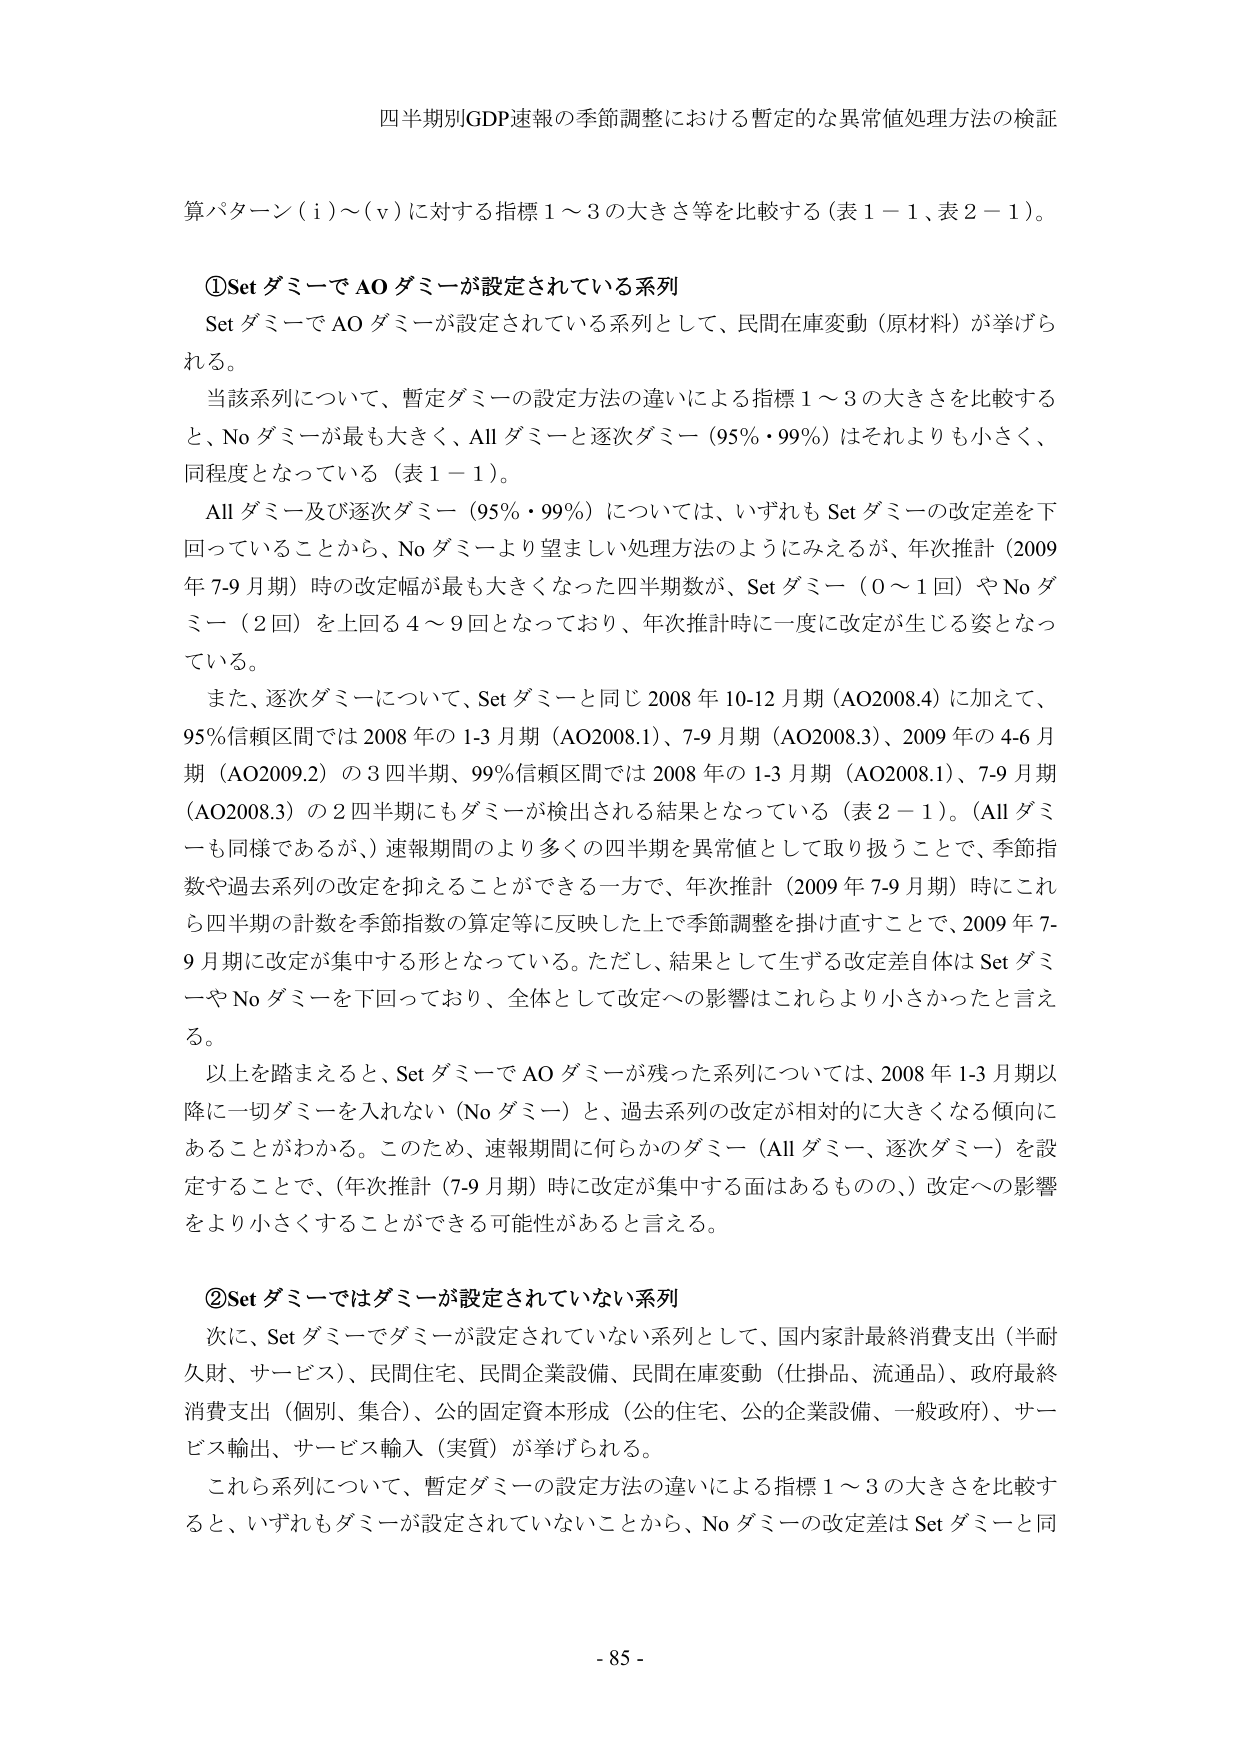
四半期別GDP速報の季節調整における暫定的な異常値処理方法の検証

算パターン（ⅰ）～（ⅴ）に対する指標１～３の大きさ等を比較する（表１－１、表２－１）。

①Set ダミーで AO ダミーが設定されている系列
Set ダミーで AO ダミーが設定されている系列として、民間在庫変動（原材料）が挙げられる。
当該系列について、暫定ダミーの設定方法の違いによる指標１～３の大きさを比較すると、No ダミーが最も大きく、All ダミーと逐次ダミー（95％・99％）はそれよりも小さく、同程度となっている（表１－１）。
All ダミー及び逐次ダミー（95％・99％）については、いずれも Set ダミーの改定差を下回っていることから、No ダミーより望ましい処理方法のようにみえるが、年次推計（2009年 7-9 月期）時の改定幅が最も大きくなった四半期数が、Set ダミー（0～1回）や No ダミー（2回）を上回る 4～9回となっており、年次推計時に一度に改定が生じる姿となっている。
また、逐次ダミーについて、Set ダミーと同じ 2008 年 10-12 月期（AO2008.4）に加えて、95％信頼区間では 2008 年の 1-3 月期（AO2008.1）、7-9 月期（AO2008.3）、2009 年の 4-6 月期（AO2009.2）の 3 四半期、99％信頼区間では 2008 年の 1-3 月期（AO2008.1）、7-9 月期（AO2008.3）の 2 四半期にもダミーが検出される結果となっている（表２－１）。（All ダミーも同様であるが、）速報期間のより多くの四半期を異常値として取り扱うことで、季節指数や過去系列の改定を抑えることができる一方で、年次推計（2009 年 7-9 月期）時にこれら四半期の計数を季節指数の算定等に反映した上で季節調整を掛け直すことで、2009 年 7-9 月期に改定が集中する形となっている。ただし、結果として生ずる改定差自体は Set ダミーや No ダミーを下回っており、全体として改定への影響はこれらより小さかったと言える。
以上を踏まえると、Set ダミーで AO ダミーが残った系列については、2008 年 1-3 月期以降に一切ダミーを入れない（No ダミー）と、過去系列の改定が相対的に大きくなる傾向にあることがわかる。このため、速報期間に何らかのダミー（All ダミー、逐次ダミー）を設定することで、（年次推計（7-9 月期）時に改定が集中する面はあるものの、）改定への影響をより小さくすることができる可能性があると言える。

②Set ダミーではダミーが設定されていない系列
次に、Set ダミーでダミーが設定されていない系列として、国内家計最終消費支出（半耐久財、サービス）、民間住宅、民間企業設備、民間在庫変動（仕掛品、流通品）、政府最終消費支出（個別、集合）、公的固定資本形成（公的住宅、公的企業設備、一般政府）、サービス輸出、サービス輸入（実質）が挙げられる。
これら系列について、暫定ダミーの設定方法の違いによる指標１～３の大きさを比較すると、いずれもダミーが設定されていないことから、No ダミーの改定差は Set ダミーと同

- 85 -